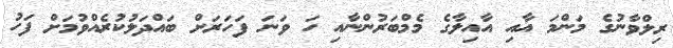
ރިލްވާނުގެ މަންމަ އާއި އާއިލާގެ މެމްބަރުންނާއި ހަ ވަނަ ފަހަރަށް ބައްދަލުކުރެއްވުމަށް ފަހު